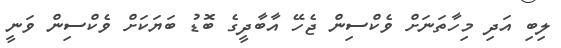
ލިބި އަދި މިހާތަނަށް ވެކްސިން ޖެހޭ އާބާދީގެ ބޮޑު ބަޔަކަށް ވެކްސިން ވަނީ